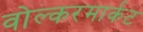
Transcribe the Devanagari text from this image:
वोल्करमार्कट